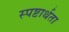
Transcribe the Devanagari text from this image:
स्पष्टार्थता